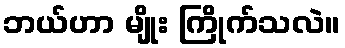
ဘယ်ဟာ မျိုး ကြိုက်သလဲ။